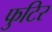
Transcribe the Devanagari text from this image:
फुटिर